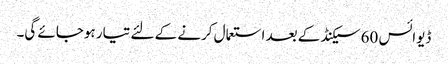
ڈیوائس 60 سیکنڈ کے بعد استعمال کرنے کے لئے تیار ہوجائے گی۔